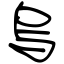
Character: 烏